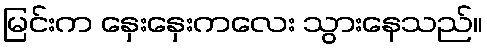
မြင်းက နှေးနှေးကလေး သွားနေသည်။